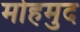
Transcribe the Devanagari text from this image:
मोहमुद